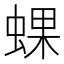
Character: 蜾